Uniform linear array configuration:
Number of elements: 4
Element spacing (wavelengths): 0.75
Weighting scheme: kaiser
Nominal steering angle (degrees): -60
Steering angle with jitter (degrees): -61.32
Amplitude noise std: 0.05
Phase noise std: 0.05

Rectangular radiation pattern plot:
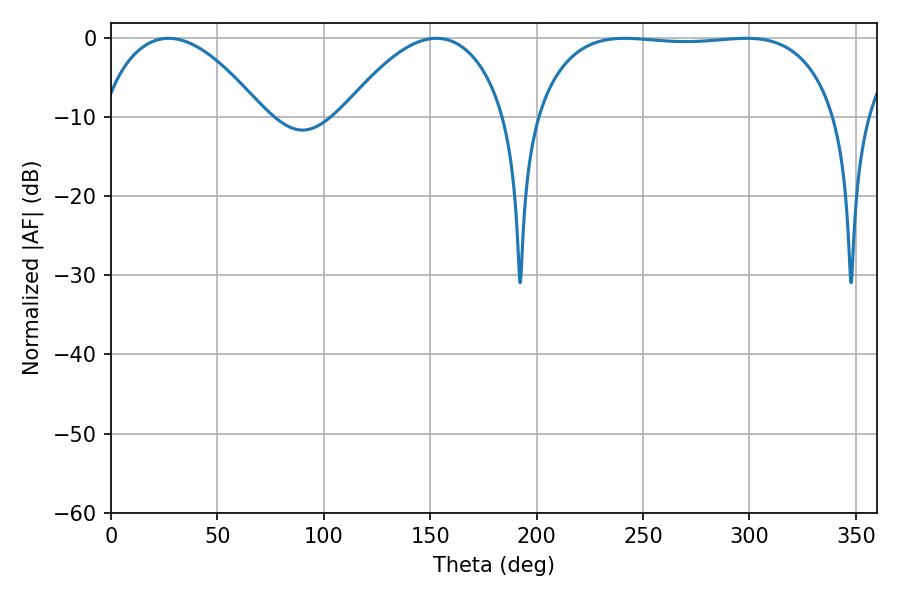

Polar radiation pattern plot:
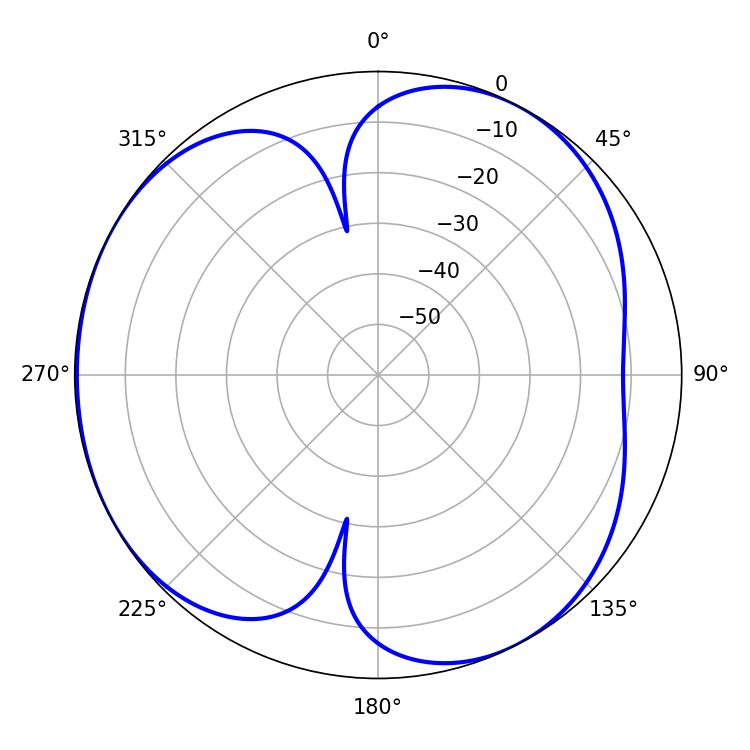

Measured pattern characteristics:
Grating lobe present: TRUE
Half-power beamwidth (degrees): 111.6
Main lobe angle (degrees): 241.38